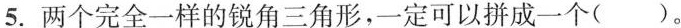
5.两个完全一样的锐角三角形，一定可以拼成一个（）。